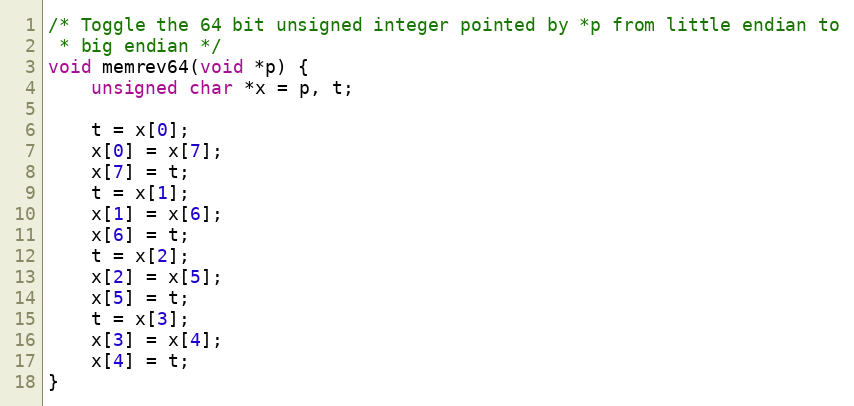
Language: C
/* Toggle the 64 bit unsigned integer pointed by *p from little endian to
 * big endian */
void memrev64(void *p) {
    unsigned char *x = p, t;

    t = x[0];
    x[0] = x[7];
    x[7] = t;
    t = x[1];
    x[1] = x[6];
    x[6] = t;
    t = x[2];
    x[2] = x[5];
    x[5] = t;
    t = x[3];
    x[3] = x[4];
    x[4] = t;
}